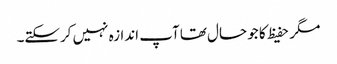
مگر حفیظ کا جو حال تھا آپ اندازہ نہیں کرسکتے۔